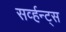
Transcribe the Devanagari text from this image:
सर्व्हन्ट्स